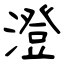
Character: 澄